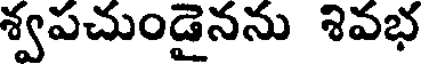
శ్వపచుండైనను శివభ